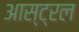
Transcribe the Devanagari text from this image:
आस्ट्रल